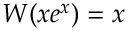
W ( x e ^ { x } ) = x